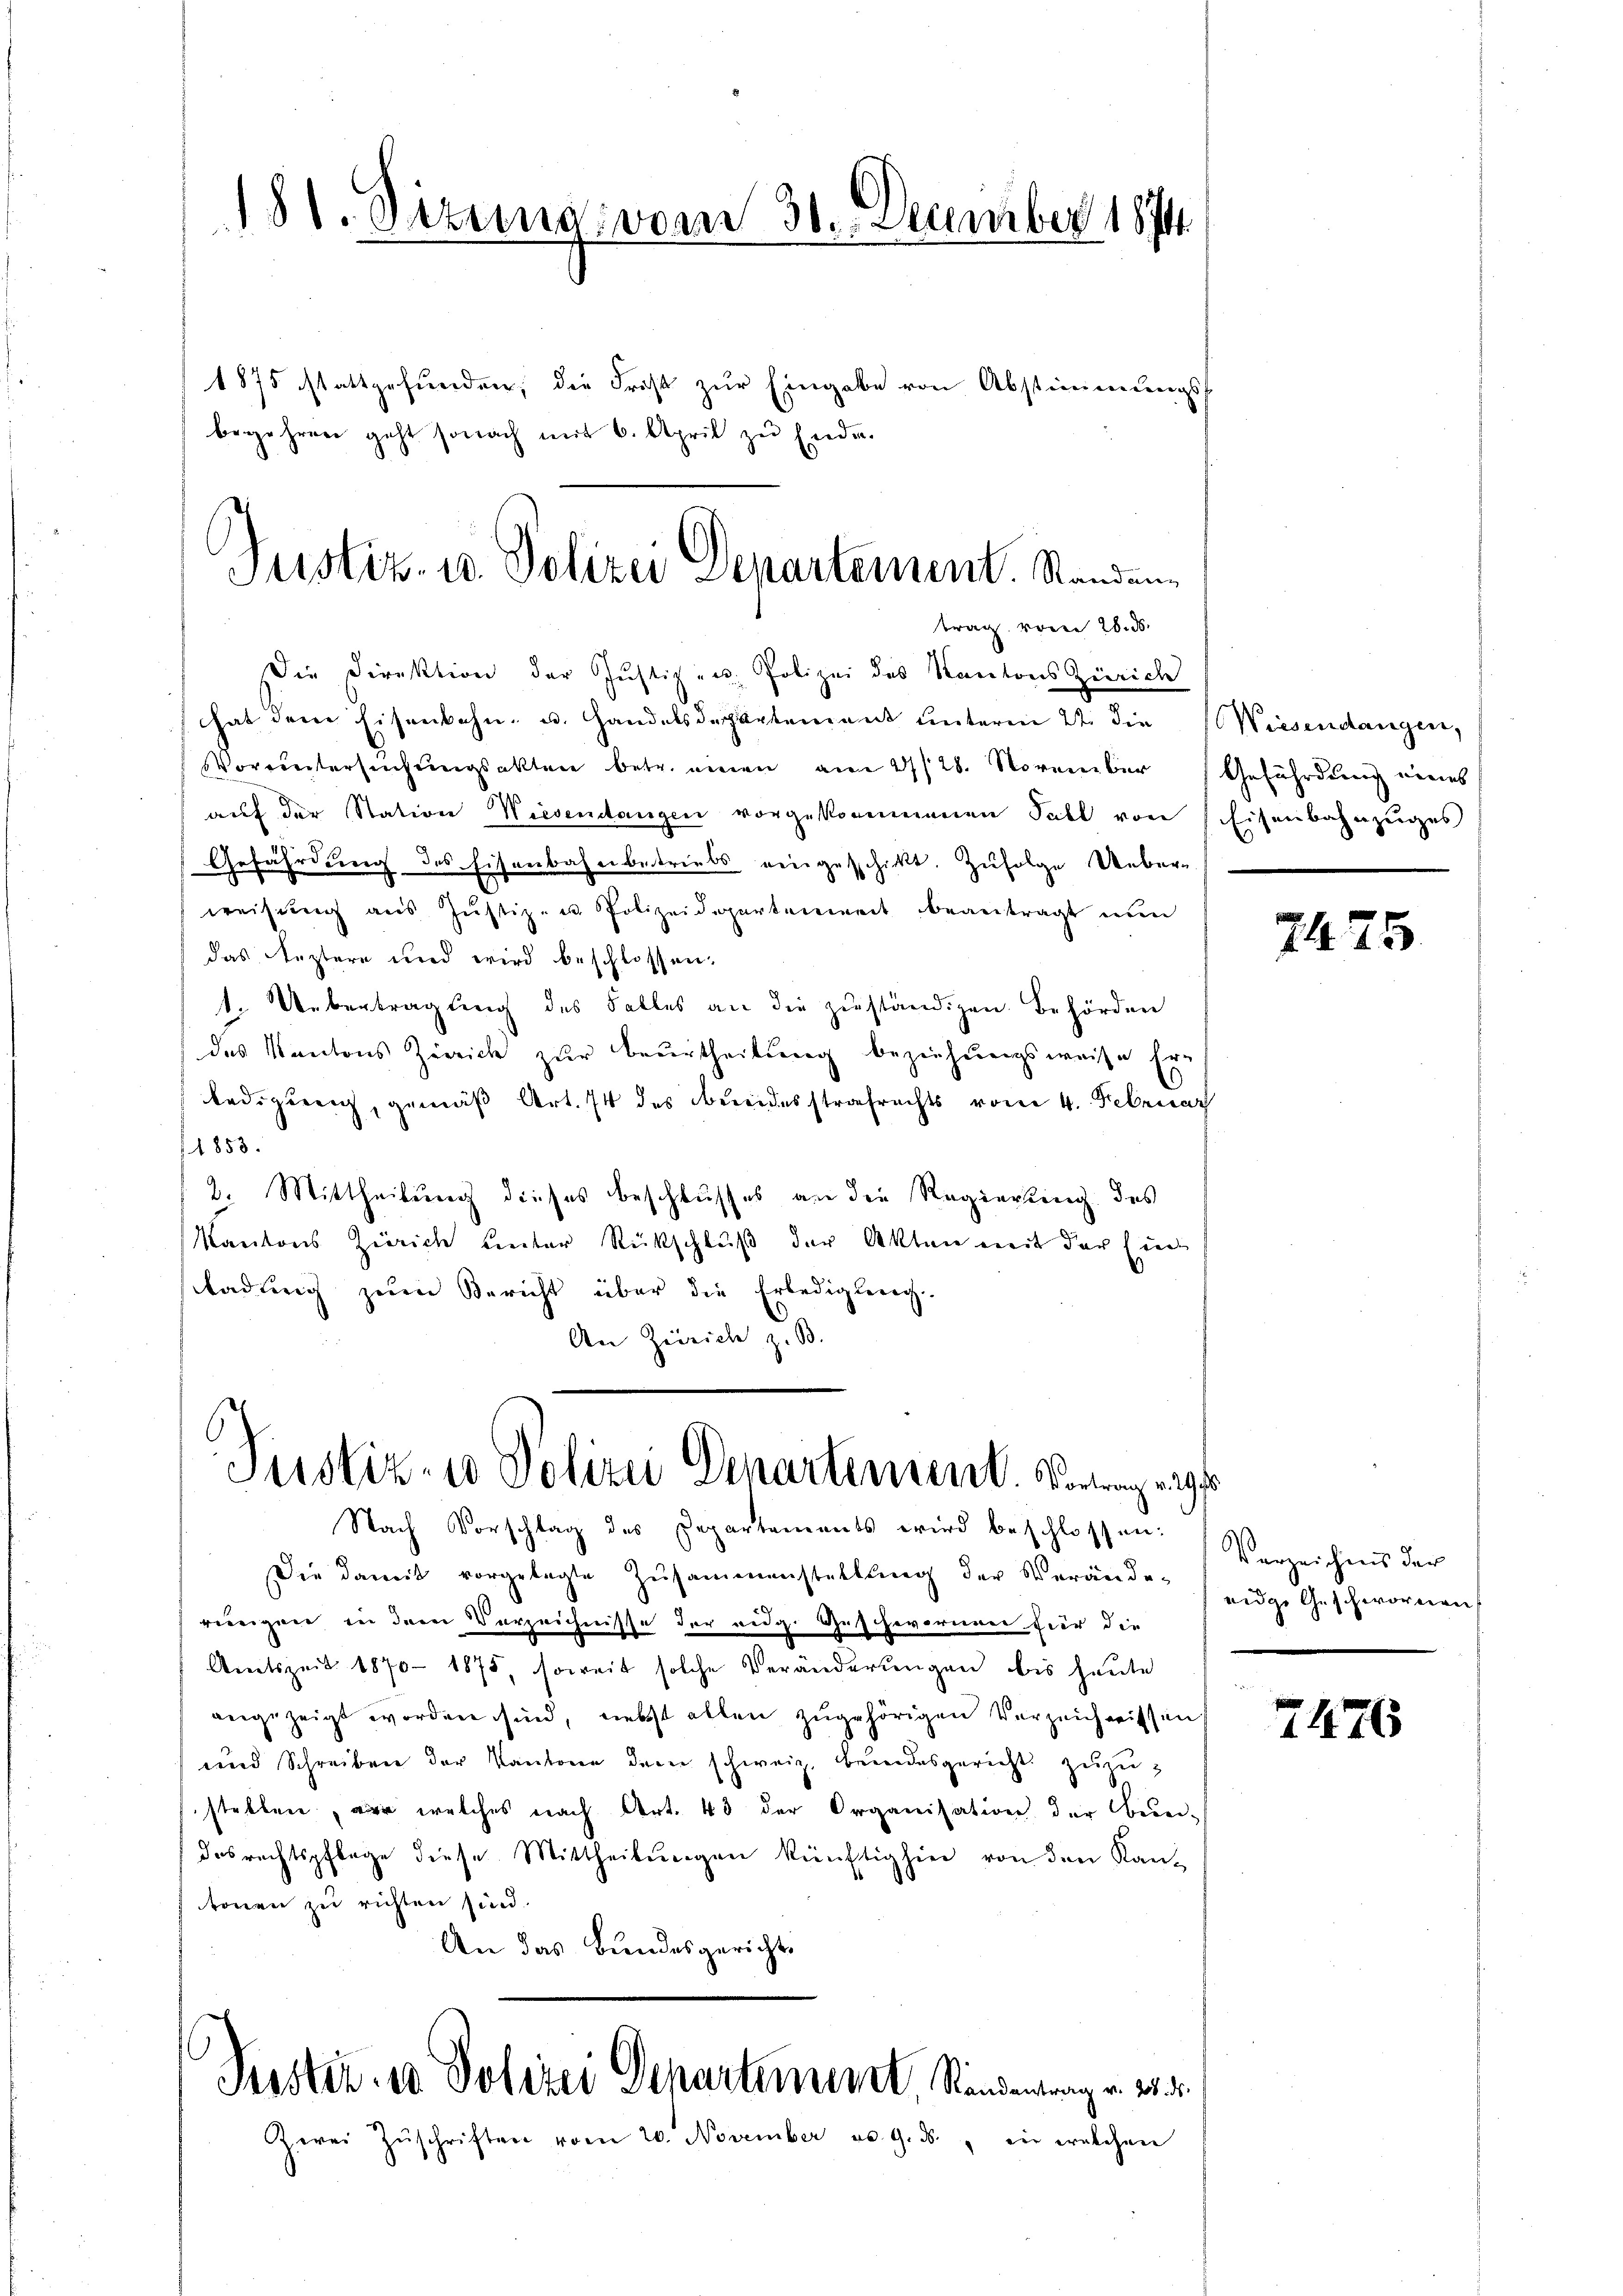
181. Situng vom 30. December 1874

Justiz- u. Polizei Denartement. Standen
trag vom 28. ds.

Die Direktion der Justizen Polizei des Kantons Zürich
hat dem Eisenbahn- u. Handelsdepartement ŭnterm 22. die Wiesendangen,
VVoruntersuchungsakten betr. einen am 21/28. November Geführdung eines
auf der Station Wiesendangen vorgekommenen Fall von
Gefährdung des Eisenbahnbetriebs eingeschickt. Zufolge Ueber-
weisŭng aŭs Jŭstiz- u. Polizeidepartenweit beantragt nŭn
das Reztere und wird beschlossen:
1. Uebertragung des Falles an die zuständigen Behörden
das Kantons Zürich zur Beurtheilung beziehungsweise Erledigung, gemäß Art. 74 des Bundesstrafrechts vom 4. Februar
1853.
2. Mittheilung dieses Beschlusses an die Regierung des
Kantons Zürich unter Rückschluß der Akten mit der Einr
ladung zum Bericht über die Erledigung.
An Zürich z. B.

1875 stattgefunden, die Frist zur Eingabe von Abstimmungs-
begehren geht sonach mit 6. April zu Ende.

Justiz- u Polizei Departement. Vorwegungs
Nach Vorschlag des Departements wird beschlossen:

Die damit vorgelegte Zusammenstaltung der Verände-
wenigen in dem Verzeichnisse der eidg. Geschwornen für die
Amtszeit 1870 1875, soweit solche Veränderungen bis heute
angezeigt worden sind, nebst allen zugehörigen Verzeichnissen
und Schreiben der Kantone dem schweiz. beidesgericht zuzustellen, wir welches nach Art. 43 der Organisation der Berei-
desrechtspflege diese Mittheilungen künftighier von den Kan-
tonen zu richten sind.
An das Bundesgerichts

Peester. v. Polizei Departement, Standentrag v. 25. d.

Eisenbahnzuges

Zwei Zŭschriften vom 20. November v. 9. ds., in welchen

2425

Verzeichnis der
eidge Geschwornen

2476